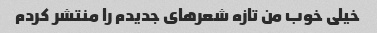
خیلی خوب من تازه شعرهای جدیدم را منتشر کردم